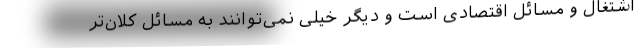
اشتغال و مسائل اقتصادی است و دیگر خیلی نمی‌توانند به مسائل کلان‌تر